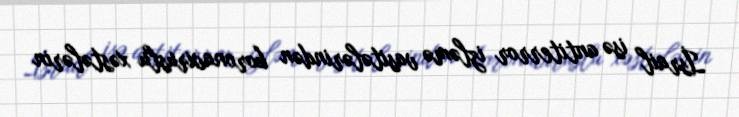
İsrail isə antiterror izləmə vasitələrindən koronaviruslu xəstələrin